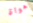
هواة